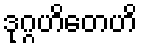
ဒုဂ္ဂဟိတေဟိ